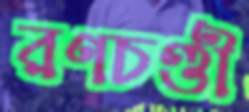
রণচণ্ডী